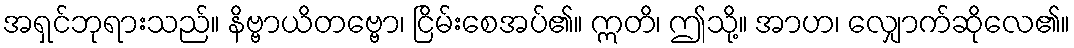
အရှင်ဘုရားသည်။ နိဗ္ဗာယိတဗ္ဗော၊ ငြိမ်းစေအပ်၏။ ဣတိ၊ ဤသို့။ အာဟ၊ လျှောက်ဆိုလေ၏။